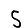
Digit: 5